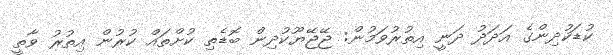
ކުޑަކުދިންގެ އަދަދު ދަނީ އިތުރުވަމުން: ޖޭޖޭޔޫކުދިން ބޮޑެތި ކުށްތައް ކުރުން އިތުރު ވާތީ